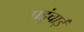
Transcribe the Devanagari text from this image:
पहुंचाईं